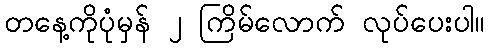
တနေ့ကိုပုံမှန် ၂ ကြိမ်လောက် လုပ်ပေးပါ။